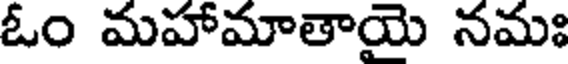
ఓం మహామాతాయై నమః